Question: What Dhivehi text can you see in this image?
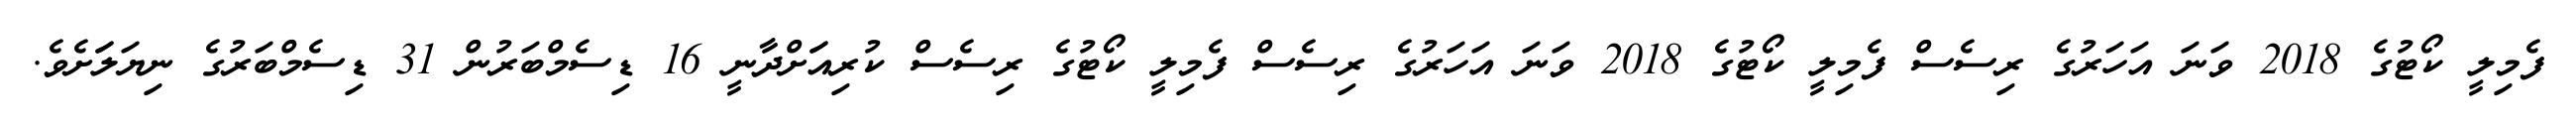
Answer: ފެމިލީ ކޯޓުގެ 2018 ވަނަ އަހަރުގެ ރިސެސް ފެމިލީ ކޯޓުގެ 2018 ވަނަ އަހަރުގެ ރިސެސް ފެމިލީ ކޯޓުގެ ރިސެސް ކުރިއަަށްދާނީ 16 ޑިސެމްބަރުން 31 ޑިސެމްބަރުގެ ނިޔަލަަށެވެ.